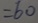
= 6 0